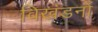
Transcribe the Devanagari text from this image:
विखंडनों